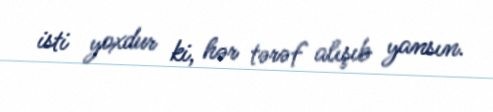
isti yoxdur ki, hər tərəf alışıb yansın.